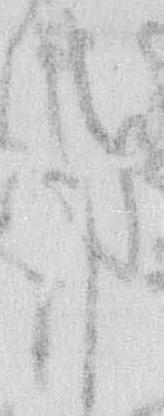
ま